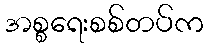
အစ္စရေးစစ်တပ်က